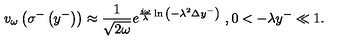
v _ { \omega } \left( \sigma ^ { - } \left( y ^ { - } \right) \right) \approx { \frac { 1 } { \sqrt { 2 \omega } } } e ^ { { \frac { i \omega } { \lambda } } \ln { \left( - \lambda ^ { 2 } \Delta y ^ { - } \right) } } \ , 0 < - \lambda y ^ { - } \ll 1 .